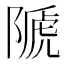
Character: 𨻆